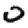
Digit: 0